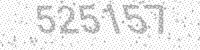
Solution: 525157